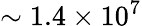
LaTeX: \sim 1.4\times 10^{7}